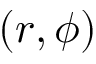
( r , \phi )